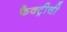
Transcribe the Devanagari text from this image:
फैक्ट्रीची